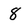
Character: 8